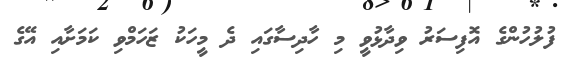
ފުލުހުންގެ އޮފިސަރު ވިދާޅުވީ މި ހާދިސާގައި ދެ މީހަކު ޒަހަމްވި ކަމަށާއި އޭގެ